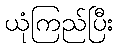
ယုံကြည်ပြီး